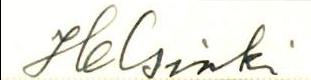
Helsinki